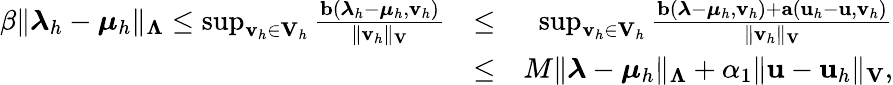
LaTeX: \begin{array}{rlr}{\beta\| \boldsymbol\lambda_{h}-\boldsymbol\mu_{h}\| _{\boldsymbol\Lambda}\leq\operatorname*{sup}_{{\mathbf v}_{h}\in{\mathbf V}_{h}}\frac{{\mathbf b}(\boldsymbol\lambda_{h}-\boldsymbol\mu_{h},{\mathbf v}_{h})}{\| {\mathbf v}_{h}\| _{\mathbf V}}}&{\leq}&{\operatorname*{sup}_{{\mathbf v}_{h}\in{\mathbf V}_{h}}\frac{{\mathbf b}(\boldsymbol\lambda-\boldsymbol\mu_{h},{\mathbf v}_{h})+{\mathbf a}({\mathbf u}_{h}-{\mathbf u},{\mathbf v}_{h})}{\| {\mathbf v}_{h}\| _{\mathbf V}}}\\ &{\leq}&{M\| \boldsymbol\lambda-\boldsymbol\mu_{h}\| _{\boldsymbol\Lambda}+\alpha_{1}\| {\mathbf u}-{\mathbf u}_{h}\| _{\mathbf V},}\end{array}